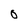
Character: O